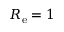
R _ { \mathrm { e } } = 1